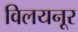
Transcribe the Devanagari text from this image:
विलयनूर